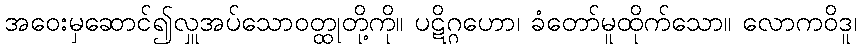
အဝေးမှဆောင်၍လှူအပ်သောဝတ္ထုတို့ကို။ ပဋိဂ္ဂဟော၊ ခံတော်မူထိုက်သော။ လောကဝိဒူ၊